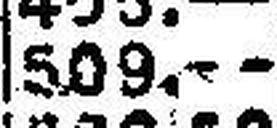
509.—